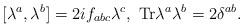
LaTeX: \begin{align*}[\lambda^a,\lambda^b] = 2 i f_{abc} \lambda^c, \ \mbox{Tr} \lambda^a \lambda^b = 2 \delta^{ab}.\end{align*}